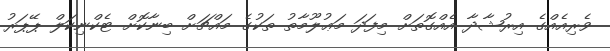
ވެރިއެއްގެ އިރުޝާދާ އެއްގޮތަށް މިފަދަ މަޢުލޫމާތު ތަކުގެ މައްޗަށް ބިނާކޮށް ޓެކްނިކަލް ޕޭޕަރު